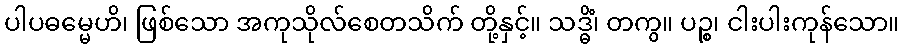
ပါပဓမ္မေဟိ၊ ဖြစ်သော အကုသိုလ်စေတသိက် တို့နှင့်။ သဒ္ဓိံ၊ တကွ။ ပဉ္စ၊ ငါးပါးကုန်သော။